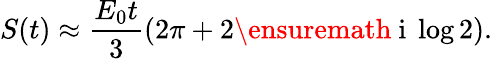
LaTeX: S(t)\approx\frac{E_{0}t}{3}\left(2\pi+2\ensuremath{\mathrm{~i~}}\log 2\right).